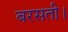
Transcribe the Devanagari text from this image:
बरसती।